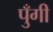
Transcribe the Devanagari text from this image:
पुँगी